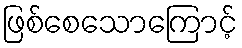
ဖြစ်စေသောကြောင့်